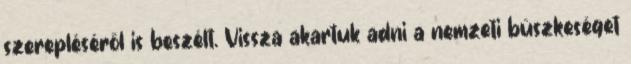
szerepléséről is beszélt. Vissza akartuk adni a nemzeti büszkeséget